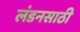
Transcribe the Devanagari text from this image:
लंडनसाठी